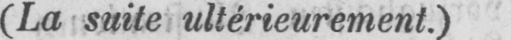
(La suite ultérieurement.)